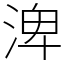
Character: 渒